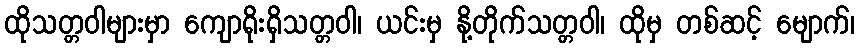
ထိုသတ္တဝါများမှာ ကျောရိုးရှိသတ္တဝါ၊ ယင်းမှ နို့တိုက်သတ္တဝါ၊ ထိုမှ တစ်ဆင့် မျောက်၊